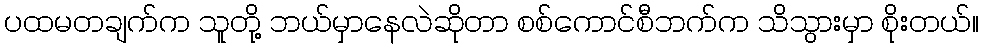
ပထမတချက်က သူတို့ ဘယ်မှာနေလဲဆိုတာ စစ်ကောင်စီဘက်က သိသွားမှာ စိုးတယ်။